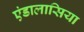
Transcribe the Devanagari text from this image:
एंडालासिया